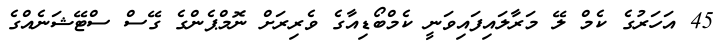
45 އަހަރުގެ ކެމް ލޭ މަރާލައިފައިވަނީ ކެމްބޯޑިއާގެ ވެރިރަށް ނޮމްޕެންގެ ގޭސް ސްޓޭޝަނެއްގެ